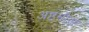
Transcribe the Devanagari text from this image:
अष्टमीस